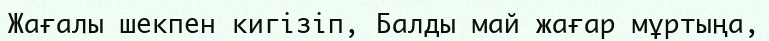
Жағалы шекпен кигізіп, Балды май жағар мұртыңа,